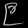
Digit: ၉